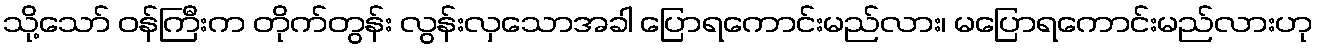
သို့သော် ဝန်ကြီးက တိုက်တွန်း လွန်းလှသောအခါ ပြောရကောင်းမည်လား၊ မပြောရကောင်းမည်လားဟု